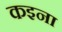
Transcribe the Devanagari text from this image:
कइना